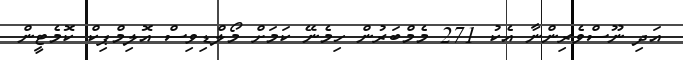
އަދި ނޫސްވެރިންނާ އެކު 271 މެމްބަރުން ހިމެނޭ ކަމަށް މޯލްޑިވިސް އޮލިމްޕިކް ކޮމެޓީން